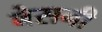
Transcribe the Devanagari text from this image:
बेसनी